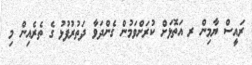
ރައީސް ޔާމިން ރ އަތޮޅަަށް ކުރަށްވަމުން ގެންދަވާ ދަތުރުފުޅު ގެ ތެރެއިން މި